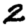
Digit: 2